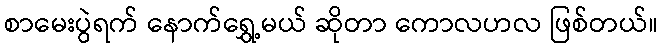
စာမေးပွဲရက် နောက်ရွှေ့မယ် ဆိုတာ ကောလဟလ ဖြစ်တယ်။